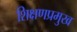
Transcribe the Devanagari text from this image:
शिक्षणप्रमुख